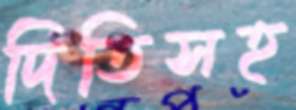
দিতিসহ